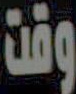
وقت